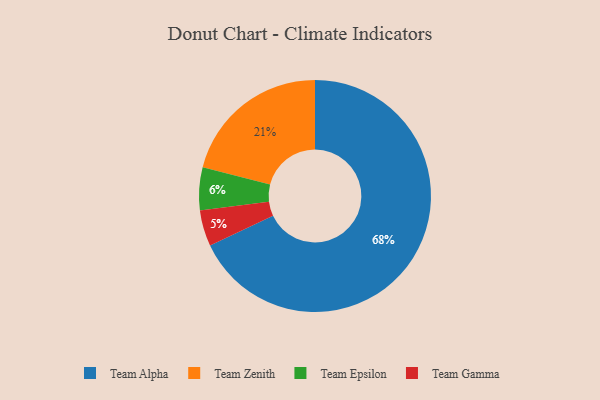
{"axis": {"x": "Category", "y": "Percentage"}, "legend": ["Team Alpha", "Team Epsilon", "Team Gamma", "Team Zenith"], "data": [{"x": "Team Gamma", "y": 5, "type": "Team Gamma"}, {"x": "Team Zenith", "y": 21, "type": "Team Zenith"}, {"x": "Team Epsilon", "y": 6, "type": "Team Epsilon"}, {"x": "Team Alpha", "y": 68, "type": "Team Alpha"}]}